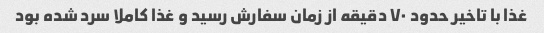
غذا با تاخیر حدود ۷۰ دقیقه از زمان سفارش رسید و غذا کاملا سرد شده بود